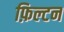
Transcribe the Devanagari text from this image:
फ़िल्टन